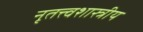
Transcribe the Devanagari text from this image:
नृतत्त्वशास्त्रीय